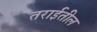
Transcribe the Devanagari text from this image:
तराईतील